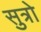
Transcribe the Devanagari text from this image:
सुत्रो